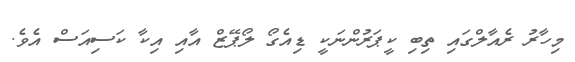
މިހާރު ރެއާލްގައި ތިބި ކީޕަރުންނަކީ ޑިއެގޯ ލޯޕޭޒް އާއި އިކާ ކަސިއަސް އެވެ.